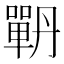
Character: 𭋉